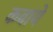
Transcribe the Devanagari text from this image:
कबाये